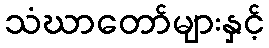
သံဃာတော်များနှင့်